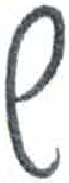
אות: ש